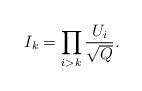
LaTeX: \begin{align*}I_k = \prod_{i > k} \frac{U_i}{\sqrt{Q}}{}.\end{align*}